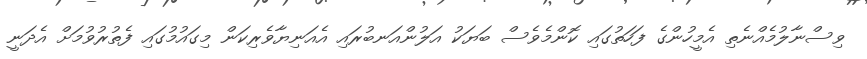
ވިސްނާލުމެއްނެތި އެމީހުންގެ ފަހަތުގައި ކޮންމެވެސް ބަޔަކު އަލުންއަނބުރައި އެއަނިޔާވެރިކަން މިގައުމުގައި ފެތުރުވުމަށް އެދަނީ